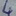
Text: 4